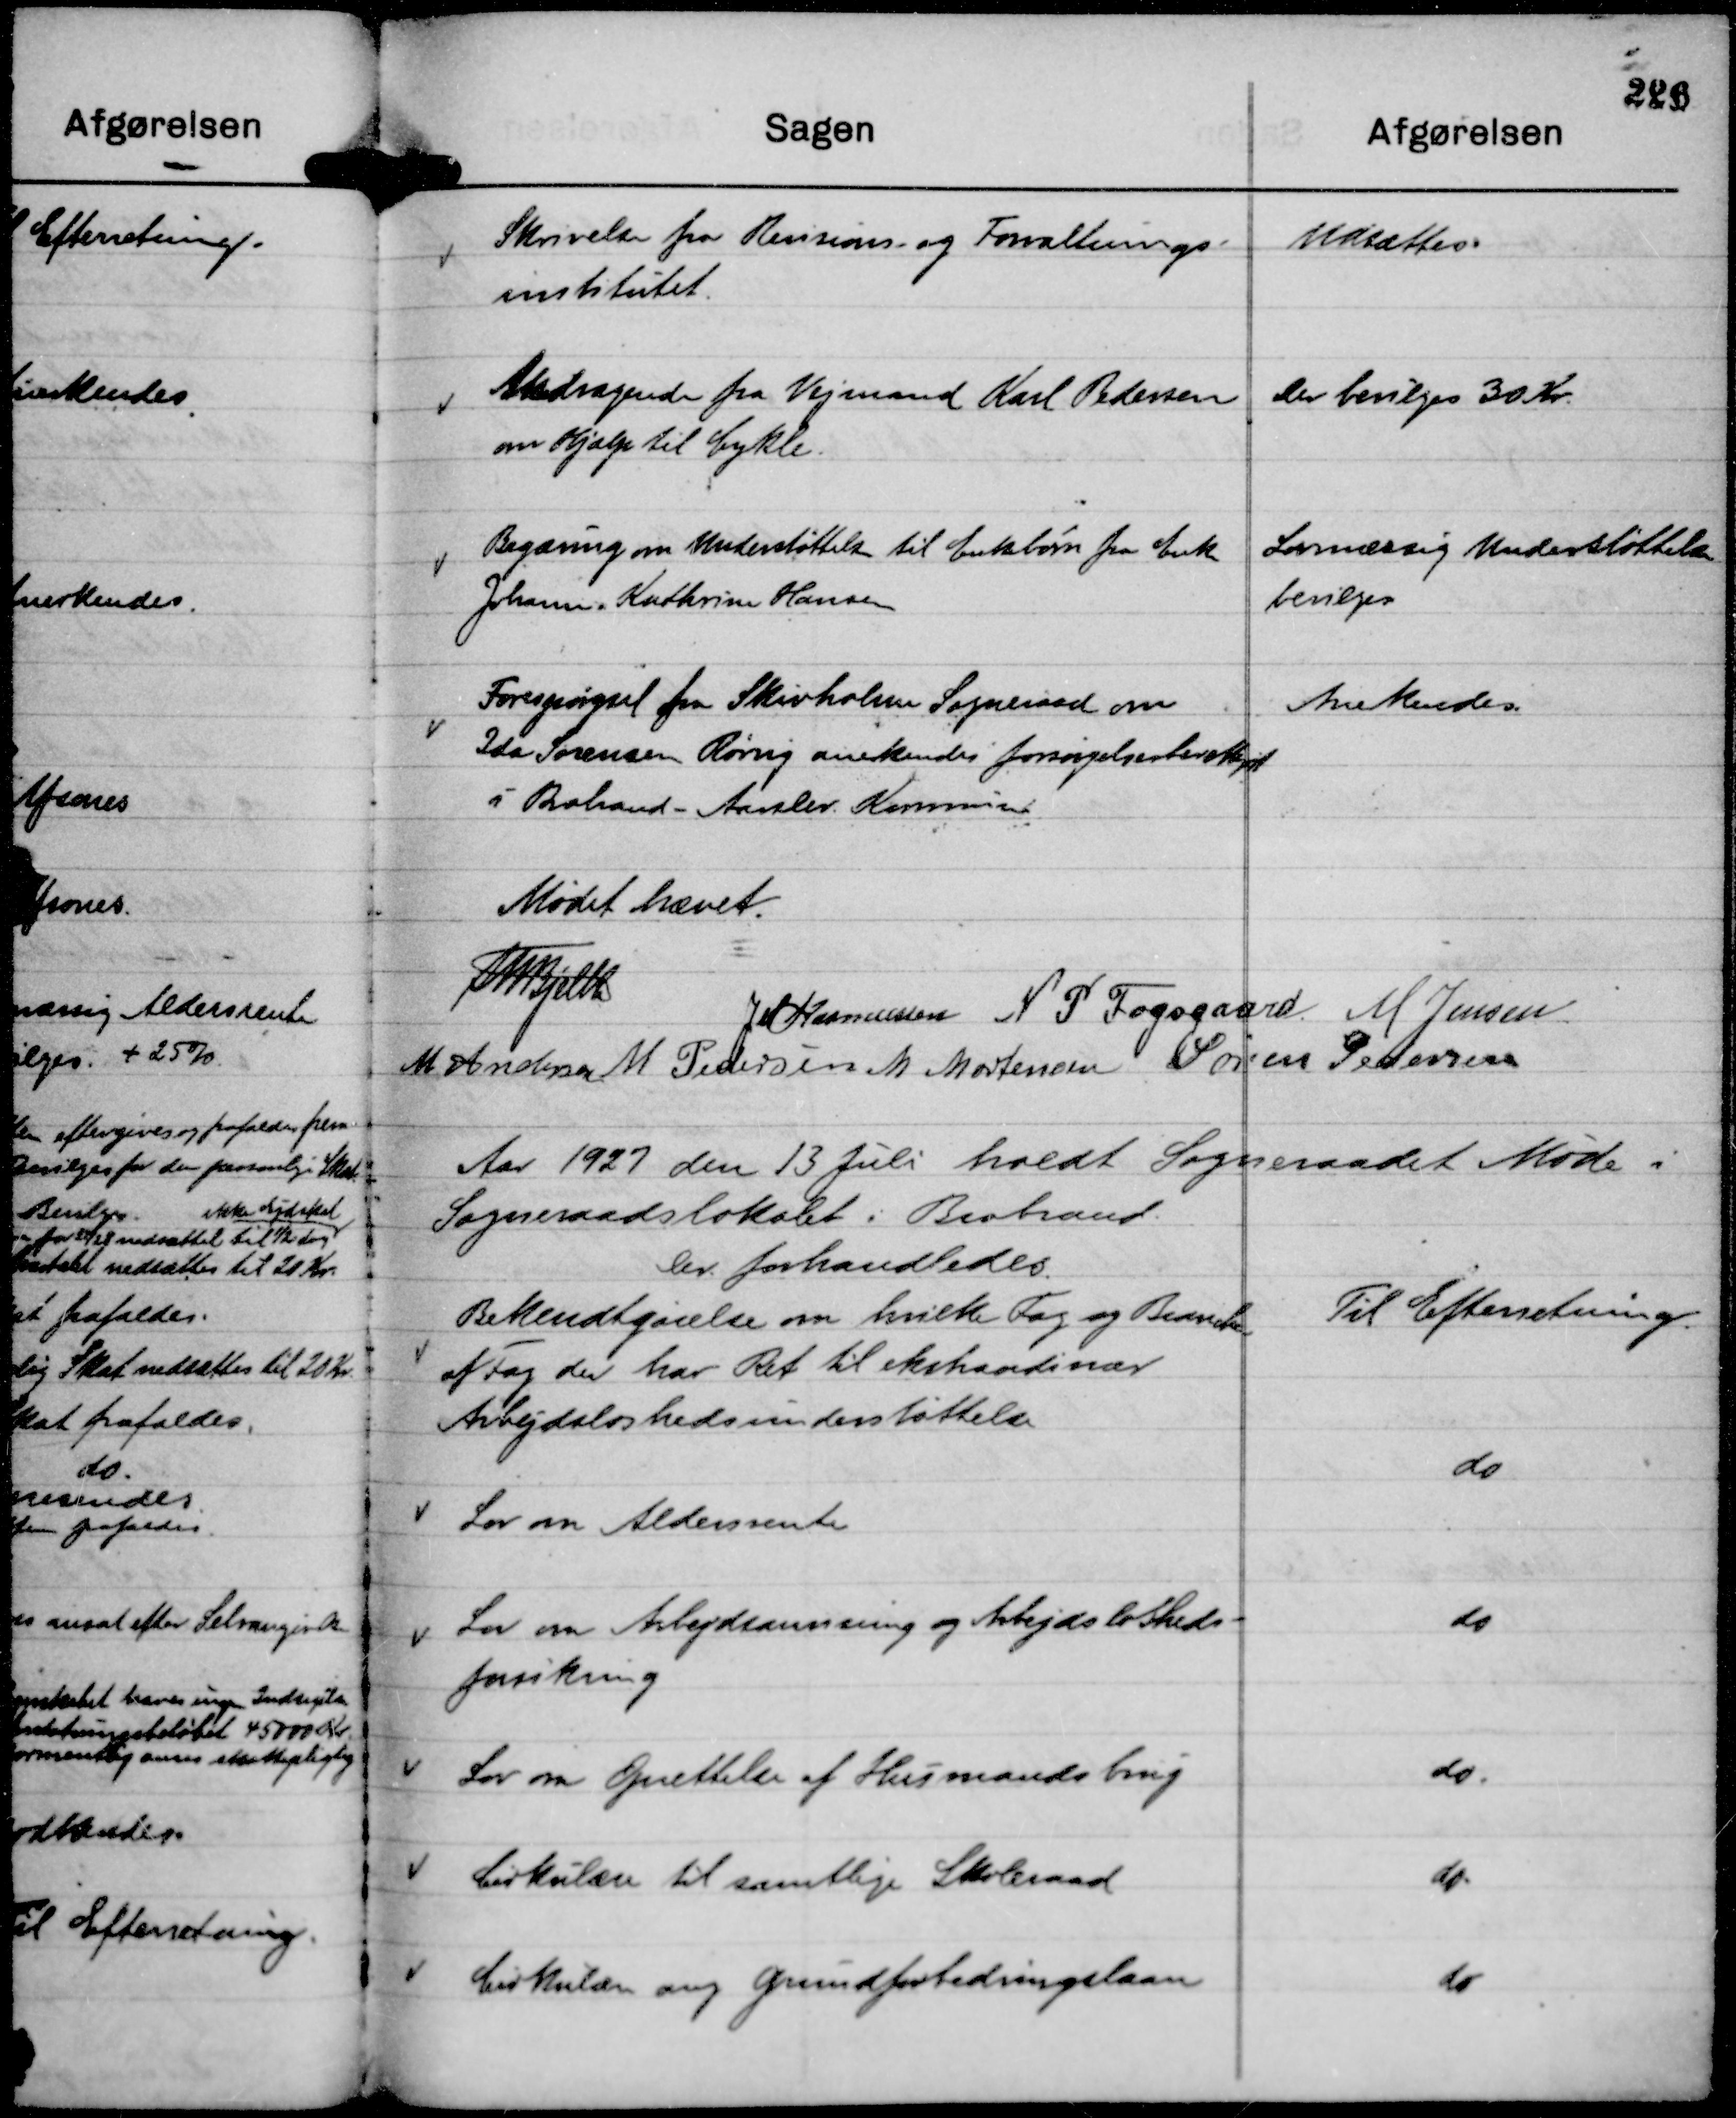
Transskription:
Skrivelse fra Revisions- og Forvaltnings-
institutet.

Udsættes.

Andragende fra Vejmand Karl Pedersen
om Hjælp til Cykle.

Der bevilges 30 Kr.

Begæring om Understøttelse til Enkebørn fra Enke
Johanne Kathrine Hansen

Lovmæssig Understøttelse
bevilges

Forespørgsel fra Skivholme Sogneraad om
Ida Sørensen Rørvig anerkendes forsørgelsesberettiget
i Brabrand - Aarslev Kommune

Anerkendes.

Mødet hævet.
Th Bjelke
JM Rasmussen
N P Fogsgaard
M Jensen
M Andersen
M Pedersen
M Mortensen
Søren Pedersen

Aar 1927 den 13 Juli holdt Sogneraadet Møde i
Sogneraadslokalet i Brabrand.
Der forhandledes.

Bekendtgørelse om hvilke Fag og Brancher
af Fag der har Ret til ekstraordinær
Arbejdsløshedsunderstøttelse

Til Efterretning.

Lov om Aldersrente

do

Lov om Arbejdsanvisning og Arbejdsløsheds-
forsikring

do

Lov om Oprettelse af Husmandsbrug

do.

Cirkulære til samtlige Skoleraad

do.

Cirkulære ang Grundforbedringslaan

do